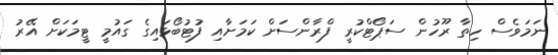
ނަމަވެސް ހިތާ ރޫހުން ސަޕޯޓްކުރީ ފްރާންސަށް ކަމަށާއި ފުޓުބޯޅައިގެ ގައުމީ ޓީމަކަށް އޭރު